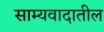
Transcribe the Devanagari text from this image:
साम्यवादातील